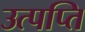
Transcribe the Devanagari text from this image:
उत्पप्ति